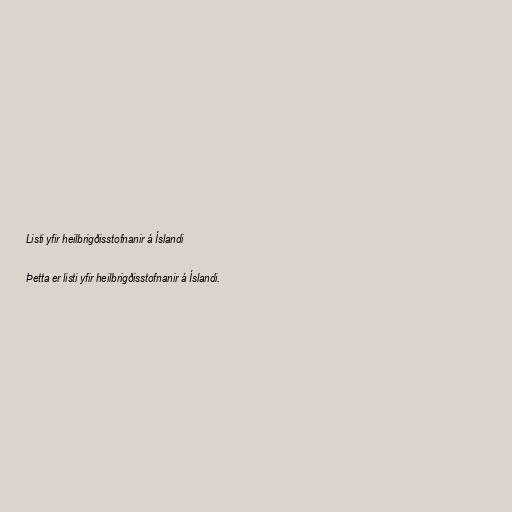
Listi yfir heilbrigðisstofnanir á Íslandi

Þetta er listi yfir heilbrigðisstofnanir á Íslandi.